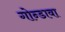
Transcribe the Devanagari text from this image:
गोन्डावा